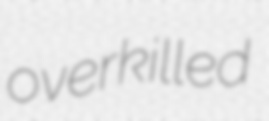
overkilled